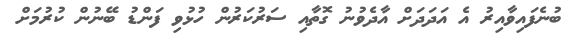
ބުނެފައިވާއިރު އެ އަދަަދަށް އާދެވުނު ގޮތާއި ސަރުކަރުން ހުޅުވި ފަންޑު ބޭނުން ކުރުމަށް